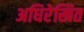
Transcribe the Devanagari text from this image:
अधिरेखित